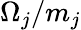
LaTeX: \Omega_{j}/m_{j}